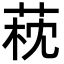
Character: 萙